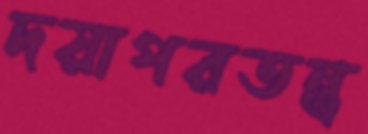
দয়াপরতন্ত্র